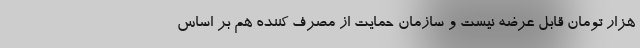
هزار تومان قابل عرضه نیست و سازمان حمایت از مصرف کننده هم بر اساس